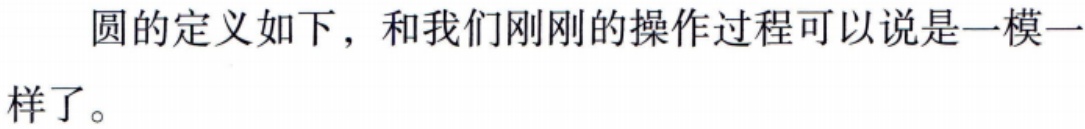
圆的定义如下，和我们刚刚的操作过程可以说是一模一样了。